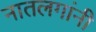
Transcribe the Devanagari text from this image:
नातलगांनी